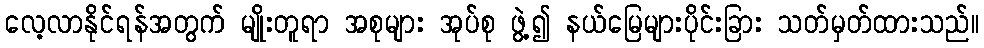
လေ့လာနိုင်ရန်အတွက် မျိုးတူရာ အစုများ အုပ်စု ဖွဲ့၍ နယ်မြေများပိုင်းခြား သတ်မှတ်ထားသည်။